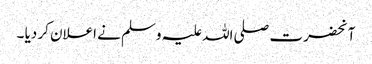
آنحضرت صلی اللہ علیہ وسلم نے اعلان کر دیا ۔